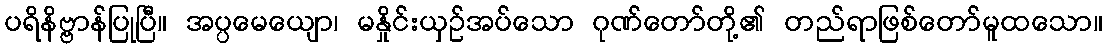
ပရိနိဗ္ဗာန်ပြုပြီ။ အပ္ပမေယျော၊ မနှိုင်းယှဉ်အပ်သော ဂုဏ်တော်တို့၏ တည်ရာဖြစ်တော်မူထသော။